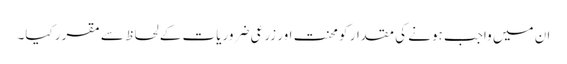
ان میں واجب ہونے کی مقدار کو محنت اور زرعی ضروریات کے لحاظ سے مقرر کیا۔